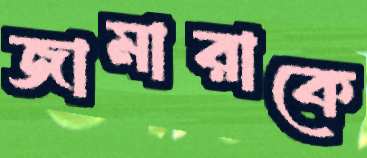
জামারাকে